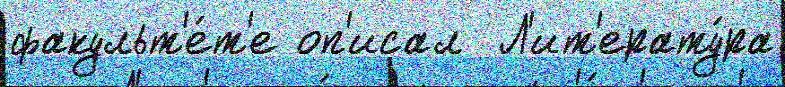
факульт'е́т'е оп'исал  Л'ит'ерату́ра